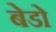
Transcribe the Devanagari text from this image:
बेडो